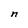
Character: n